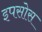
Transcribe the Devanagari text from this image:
इपसोस